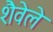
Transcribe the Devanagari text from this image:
शैवेले